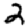
Digit: 2